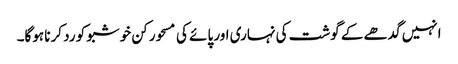
انہیں گدھے کے گوشت کی نہاری اور پائے کی مسحور کن خوشبو کو رد کرنا ہوگا۔